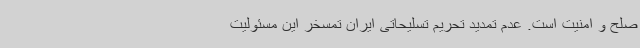
صلح و امنیت است. عدم تمدید تحریم تسلیحاتی ایران تمسخر این مسئولیت